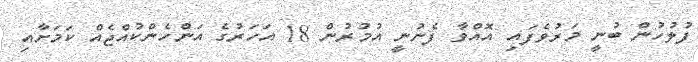
ފުލުހުން ބުނީ މަރުވެފައި އޮއްވާ ފެނުނީ އުމުރުން 18 އަހަރުގެ އަންހެންކުއްޖެއް ކަމަށާއި